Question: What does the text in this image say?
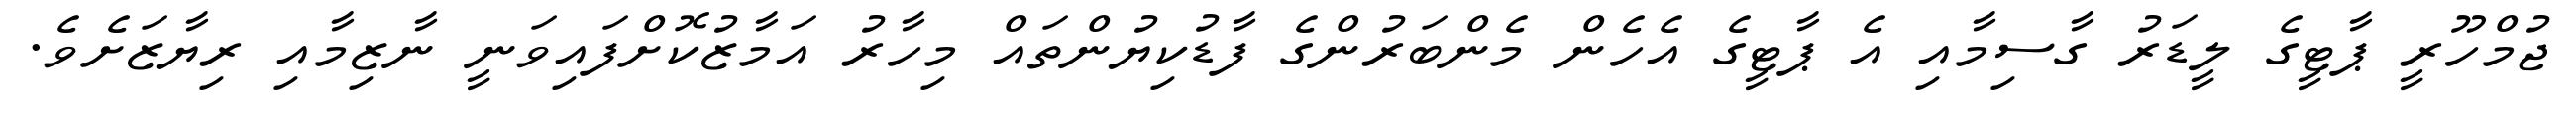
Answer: ޖުމްހޫރީ ޕާޓީގެ ލީޑަރު ގާސިމާއި އެ ޕާޓީގެ އެހެން މެންބަރުންގެ ފާޑުކިޔުންތައް މިހާރު އަމާޒުކޮށްފައިވަނީ ނާޒިމާއި ރިޔާޒަށެވެ.